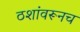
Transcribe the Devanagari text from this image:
ठशांवरूनच